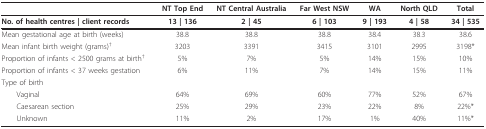
|  | NT Top End | NT Central Australia | Far West NSW | WA | North QLD | Total |
 | --- | --- | --- | --- | --- | --- | --- |
 | No. of health centres | client records | 13 | 136 | 2 | 45 | 6 | 103 | 9 | 193 | 4 | 58 | 34 | 535 |
 | Mean gestational age at birth (weeks) | 38.8 | 38.8 | 38.8 | 38.4 | 38.3 | 38.6 |
 | Mean infant birth weight (grams)† | 3203 | 3391 | 3415 | 3101 | 2995 | 3198* |
 | Proportion of infants < 2500 grams at birth† | 5% | 7% | 5% | 14% | 15% | 10% |
 | Proportion of infants < 37 weeks gestation | 6% | 11% | 7% | 14% | 15% | 11% |
 | Type of birth |  |  |  |  |  |  |
 | Vaginal | 64% | 69% | 60% | 77% | 52% | 67% |
 | Caesarean section | 25% | 29% | 23% | 22% | 8% | 22%* |
 | Unknown | 11% | 2% | 17% | 1% | 40% | 11%* |